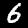
Label: 6